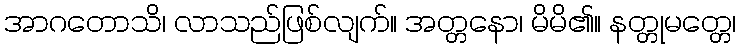
အာဂတောသိ၊ လာသည်ဖြစ်လျက်။ အတ္တနော၊ မိမိ၏။ နတ္တုမတ္တေ၊